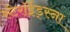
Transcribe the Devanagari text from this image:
स्टेरॉईड्स्ना